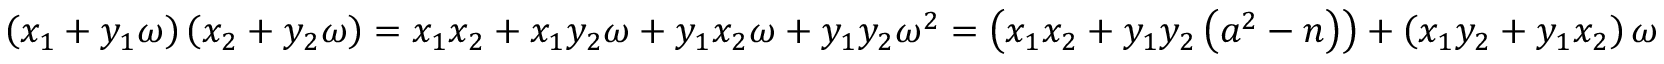
\left( x _ { 1 } + y _ { 1 } \omega \right) \left( x _ { 2 } + y _ { 2 } \omega \right) = x _ { 1 } x _ { 2 } + x _ { 1 } y _ { 2 } \omega + y _ { 1 } x _ { 2 } \omega + y _ { 1 } y _ { 2 } \omega ^ { 2 } = \left( x _ { 1 } x _ { 2 } + y _ { 1 } y _ { 2 } \left( a ^ { 2 } - n \right) \right) + \left( x _ { 1 } y _ { 2 } + y _ { 1 } x _ { 2 } \right) \omega